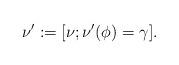
LaTeX: \begin{align*}\nu':=[\nu;\nu'(\phi)=\gamma].\end{align*}